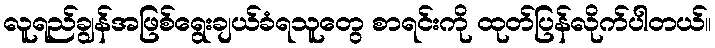
လူရည်ချွန်အဖြစ်ရွေးချယ်ခံရသူတွေ စာရင်းကို ထုတ်ပြန်လိုက်ပါတယ်။